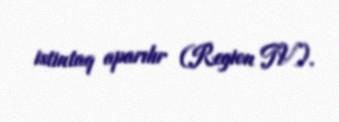
istintaq aparılır (Region TV).